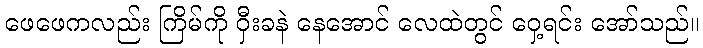
ဖေဖေကလည်း ကြိမ်ကို ဝှီးခနဲ နေအောင် လေထဲတွင် ဝှေ့ရင်း အော်သည်။